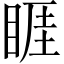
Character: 睚